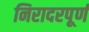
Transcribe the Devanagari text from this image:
निरादरपूर्ण